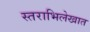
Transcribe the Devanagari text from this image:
स्तराभिलेखात